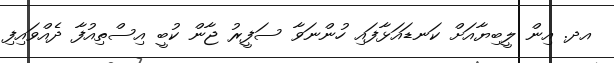
އދ. އިން ލީބިޔާއަށް ކަނޑައަޅާފައި ހުންނަވާ ސަފީރު ޖާން ކުބީ އިސްތިއުފާ ދެއްވައިފި